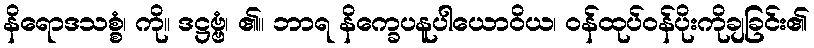
နိရောဒသစ္စံ၊ ကို။ ဒဋ္ဌဗ္ဗံ၊ ၏။ ဘာရ နိက္ခေပနူပါယောဝိယ၊ ဝန်ထုပ်ဝန်ပိုးကိုချခြင်း၏